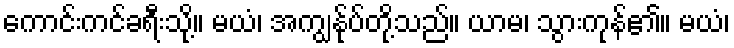
ကောင်းကင်ခရီးသို့။ မယံ၊ အကျွန်ုပ်တို့သည်။ ယာမ၊ သွားကုန်၏။ မယံ၊